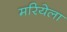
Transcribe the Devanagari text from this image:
मरियेला